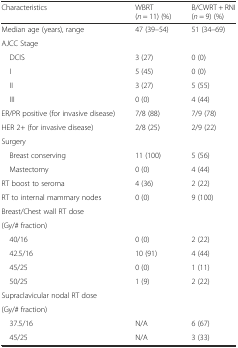
| Characteristics | WBRT(n = 11) (%) | B/CWRT + RNI(n = 9) (%) |
 | --- | --- | --- |
 | Median age (years), range | 47 (39–54) | 51 (34–69) |
 | AJCC Stage |  |  |
 | DCIS | 3 (27) | 0 (0) |
 | I | 5 (45) | 0 (0) |
 | II | 3 (27) | 5 (55) |
 | III | 0 (0) | 4 (44) |
 | ER/PR positive (for invasive disease) | 7/8 (88) | 7/9 (78) |
 | HER 2+ (for invasive disease) | 2/8 (25) | 2/9 (22) |
 | Surgery |  |  |
 | Breast conserving | 11 (100) | 5 (56) |
 | Mastectomy | 0 (0) | 4 (44) |
 | RT boost to seroma | 4 (36) | 2 (22) |
 | RT to internal mammary nodes | 0 (0) | 9 (100) |
 | Breast/Chest wall RT dose |  |  |
 | (Gy/# fraction) |  |  |
 | 40/16 | 0 (0) | 2 (22) |
 | 42.5/16 | 10 (91) | 4 (44) |
 | 45/25 | 0 (0) | 1 (11) |
 | 50/25 | 1 (9) | 2 (22) |
 | Supraclavicular nodal RT dose |  |  |
 | (Gy/# fraction) |  |  |
 | 37.5/16 | N/A | 6 (67) |
 | 45/25 | N/A | 3 (33) |